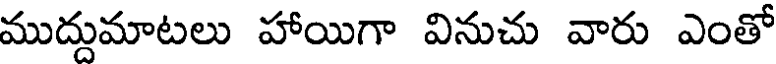
ముద్దుమాటలు హాయిగా వినుచు వారు ఎంతో